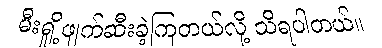
မီးရှို့ဖျက်ဆီးခဲ့ကြတယ်လို့ သိရပါတယ်။